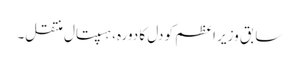
سابق وزیر اعظم کو دل کا دورہ، ہسپتال منتقل۔